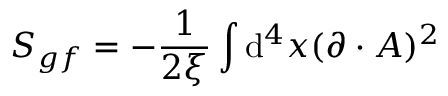
S _ { g f } = - { \frac { 1 } { 2 \xi } } \int \operatorname { d } \! ^ { 4 } x ( \partial \cdot A ) ^ { 2 }